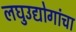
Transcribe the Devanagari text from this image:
लघुउद्योगांचा